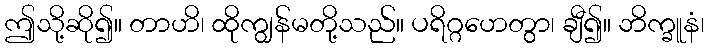
ဤသို့ဆို၍။ တာဟိ၊ ထိုကျွန်မတို့သည်။ ပရိဂ္ဂဟေတွာ၊ ချီ၍။ ဘိက္ခူနံ၊